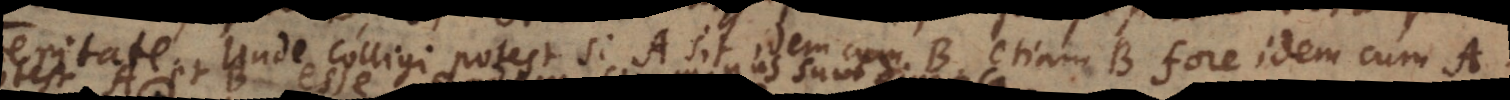
quod Unde colligi potest si A sit idem cum B, etiam B fore idem cum A.